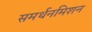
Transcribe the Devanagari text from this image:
समर्थनमिशन